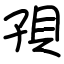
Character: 孭